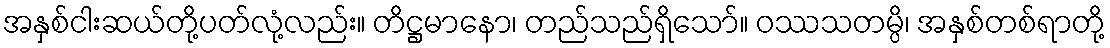
အနှစ်ငါးဆယ်တို့ပတ်လုံ့လည်း။ တိဋ္ဌမာနော၊ တည်သည်ရှိသော်။ ဝဿသတမ္ပိ၊ အနှစ်တစ်ရာတို့